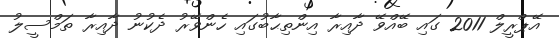
އޭޕްރީލް 2011 ގައި ބޭއްވޭ ދާއިރާ އިންތިޙާބުގައި ހެންވޭރު ދެކުނު ދާއިރާ ތަމްސީލު